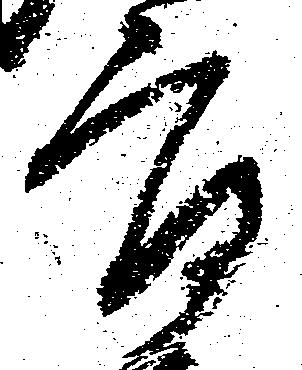
郎